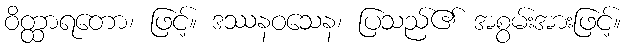
ဝိတ္ထာရတော၊ ဖြင့်။ ဒဿနဝသေန၊ ပြသည်၏ အစွမ်းအားဖြင့်။